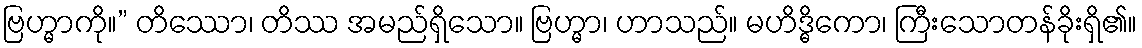
ဗြဟ္မာကို။” တိဿော၊ တိဿ အမည်ရှိသော။ ဗြဟ္မာ၊ ဟာသည်။ မဟိဒ္ဓိကော၊ ကြီးသောတန်ခိုးရှိ၏။